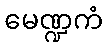
မေဏ္ဍကံ